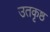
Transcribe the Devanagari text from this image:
उतकृष्ठ